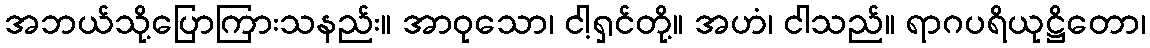
အဘယ်သို့ပြောကြားသနည်း။ အာဝုသော၊ ငါ့ရှင်တို့။ အဟံ၊ ငါသည်။ ရာဂပရိယုဋ္ဌိတော၊